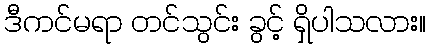
ဒီကင်မရာ တင်သွင်း ခွင့် ရှိပါသလား။